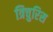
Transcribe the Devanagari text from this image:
त्रिचुरिस